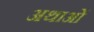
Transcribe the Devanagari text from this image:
अथाओं